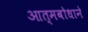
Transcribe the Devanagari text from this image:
आत्मबोधाने